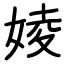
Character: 婈